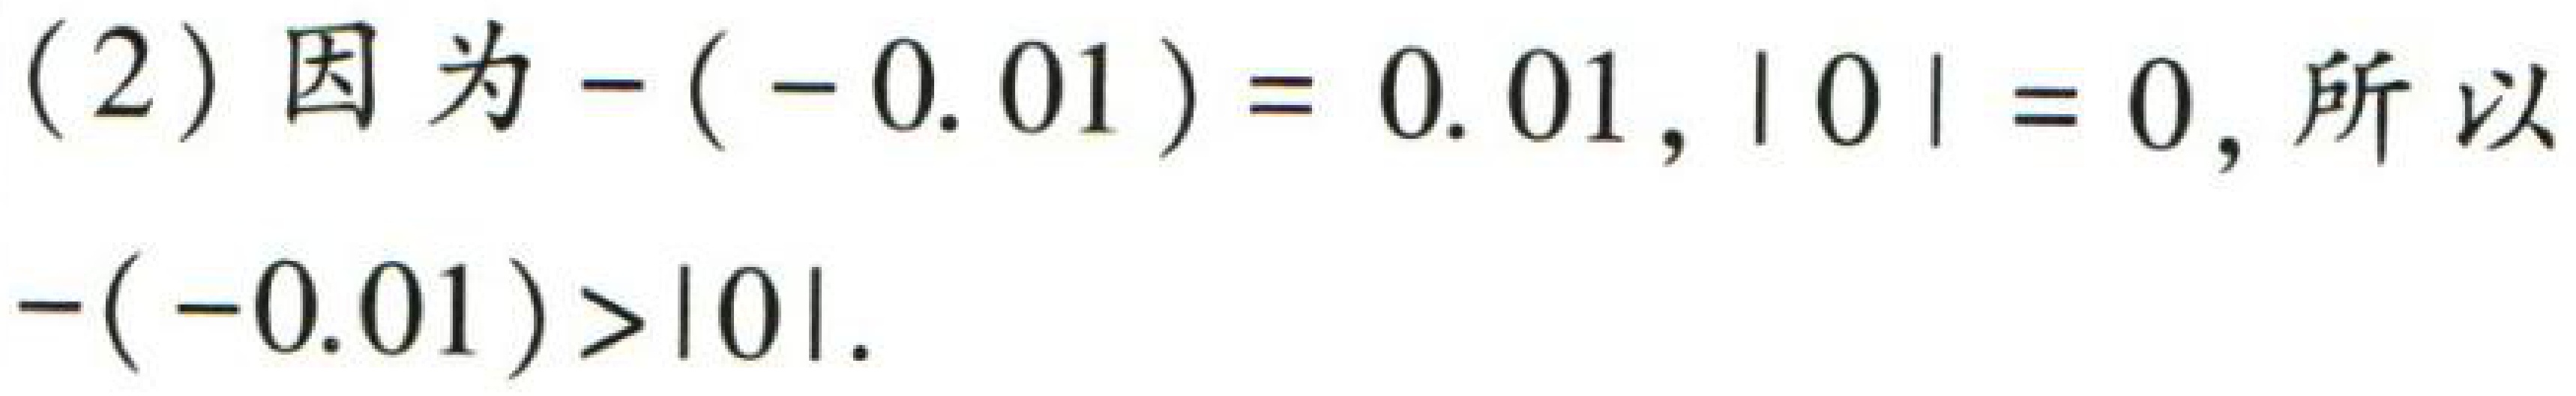
(2) 因为\(-(-0.01)= 0.01\)，\(\vert 0\vert = 0\)，所以\(-(-0.01)>\vert 0\vert\)